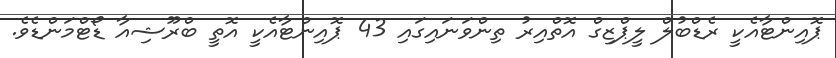
ޕޮއިންޓާއެކީ ރެޑްބުލް ލީޕްޒިގް އޮތްއިރު ތިންވަނައިގައި 43 ޕޮއިންޓާއެކީ އޮތީ ބްރޫޝިއާ ޑޯޓްމަންޑެވެ.